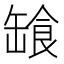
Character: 𩛕